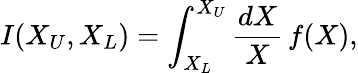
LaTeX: I(X_{U},X_{L})=\int_{X_{L}}^{X_{U}}\frac{dX}{X}\, f(X),